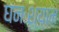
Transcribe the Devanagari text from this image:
घनःश्याम